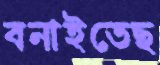
বনাইতেছ